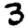
Digit: 3